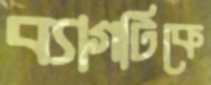
ব্যাগটিকে